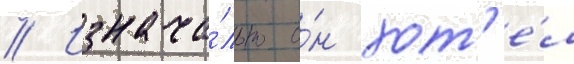
// Изнача́льно о́н хот'е́л